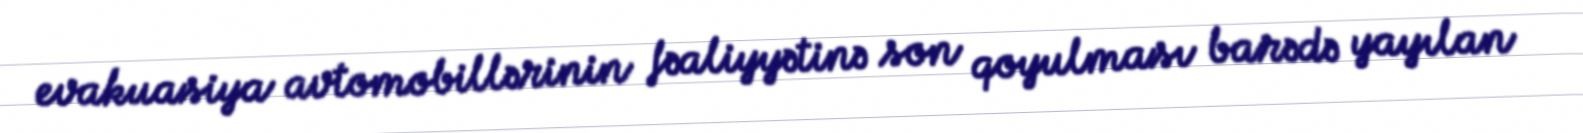
evakuasiya avtomobillərinin fəaliyyətinə son qoyulması barədə yayılan